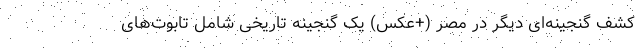
کشف گنجینه‌ای دیگر در مصر (+عکس) یک گنجینه‌ تاریخی شامل تابوت‌های